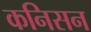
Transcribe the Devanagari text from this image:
कनिसन